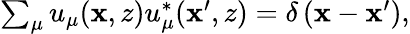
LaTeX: \begin{array}{r}{\sum_{\mu}u_{\mu}(\mathbf{x},z)u_{\mu}^{*}(\mathbf{x}^{\prime},z)=\delta\left(\mathbf{x}-\mathbf{x}^{\prime}\right),}\end{array}